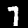
Label: 7